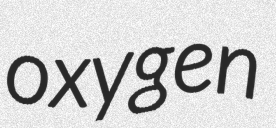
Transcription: oxygen